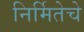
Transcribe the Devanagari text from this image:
निर्मितेचे